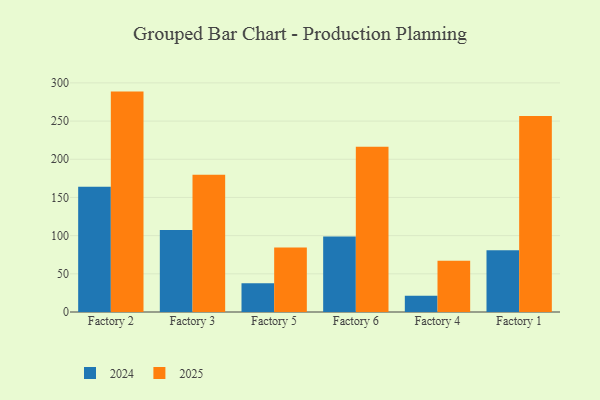
{"axis": {"x": "Factory", "y": "Net Income (USD K)"}, "legend": ["2024", "2025"], "data": [{"x": "Factory 2", "y": 288.6, "type": "2025"}, {"x": "Factory 2", "y": 164.0, "type": "2024"}, {"x": "Factory 3", "y": 179.8, "type": "2025"}, {"x": "Factory 3", "y": 107.5, "type": "2024"}, {"x": "Factory 5", "y": 84.4, "type": "2025"}, {"x": "Factory 5", "y": 37.6, "type": "2024"}, {"x": "Factory 6", "y": 216.5, "type": "2025"}, {"x": "Factory 6", "y": 98.7, "type": "2024"}, {"x": "Factory 4", "y": 67.0, "type": "2025"}, {"x": "Factory 4", "y": 21.3, "type": "2024"}, {"x": "Factory 1", "y": 256.5, "type": "2025"}, {"x": "Factory 1", "y": 80.7, "type": "2024"}]}